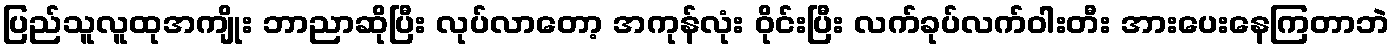
ပြည်သူလူထုအကျိုး ဘာညာဆိုပြီး လုပ်လာတော့ အကုန်လုံး ဝိုင်းပြီး လက်ခုပ်လက်ဝါးတီး အားပေးနေကြတာဘဲ